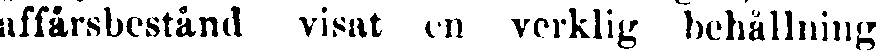
affärsbestånd visat en verklig behållning